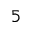
5